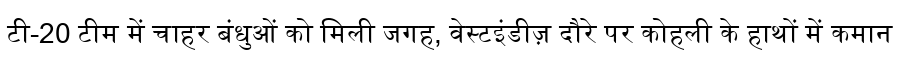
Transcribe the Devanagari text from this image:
टी-20 टीम में चाहर बंधुओं को मिली जगह, वेस्टइंडीज़ दौरे पर कोहली के हाथों में कमान